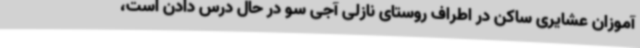
آموزان عشایری ساکن در اطراف روستای نازلی آجی سو در حال درس دادن است،